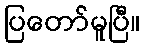
ပြတော်မူပြီ။